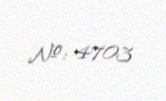
№: 4703